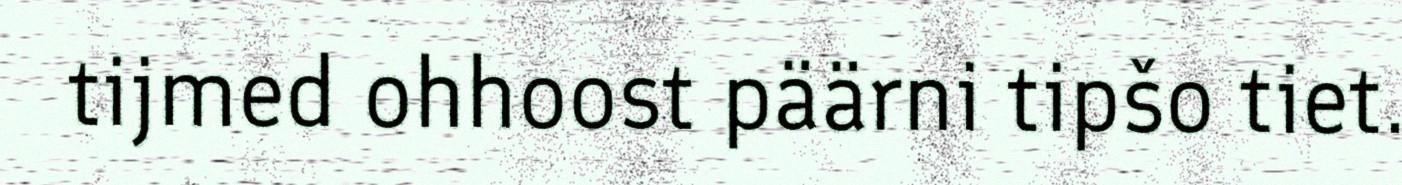
tijmed ohhoost päärni tipšo tiet.